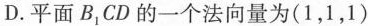
D.平面B_{1}CD的一个法向量为(1，1，1)